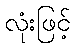
လုံးဖြင့်